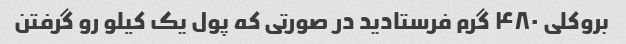
بروکلی ۴۸۰ گرم فرستادید در صورتی که پول یک کیلو رو گرفتن